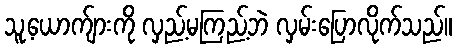
သူ့ယောက်ျားကို လှည့်မကြည့်ဘဲ လှမ်းပြောလိုက်သည်။